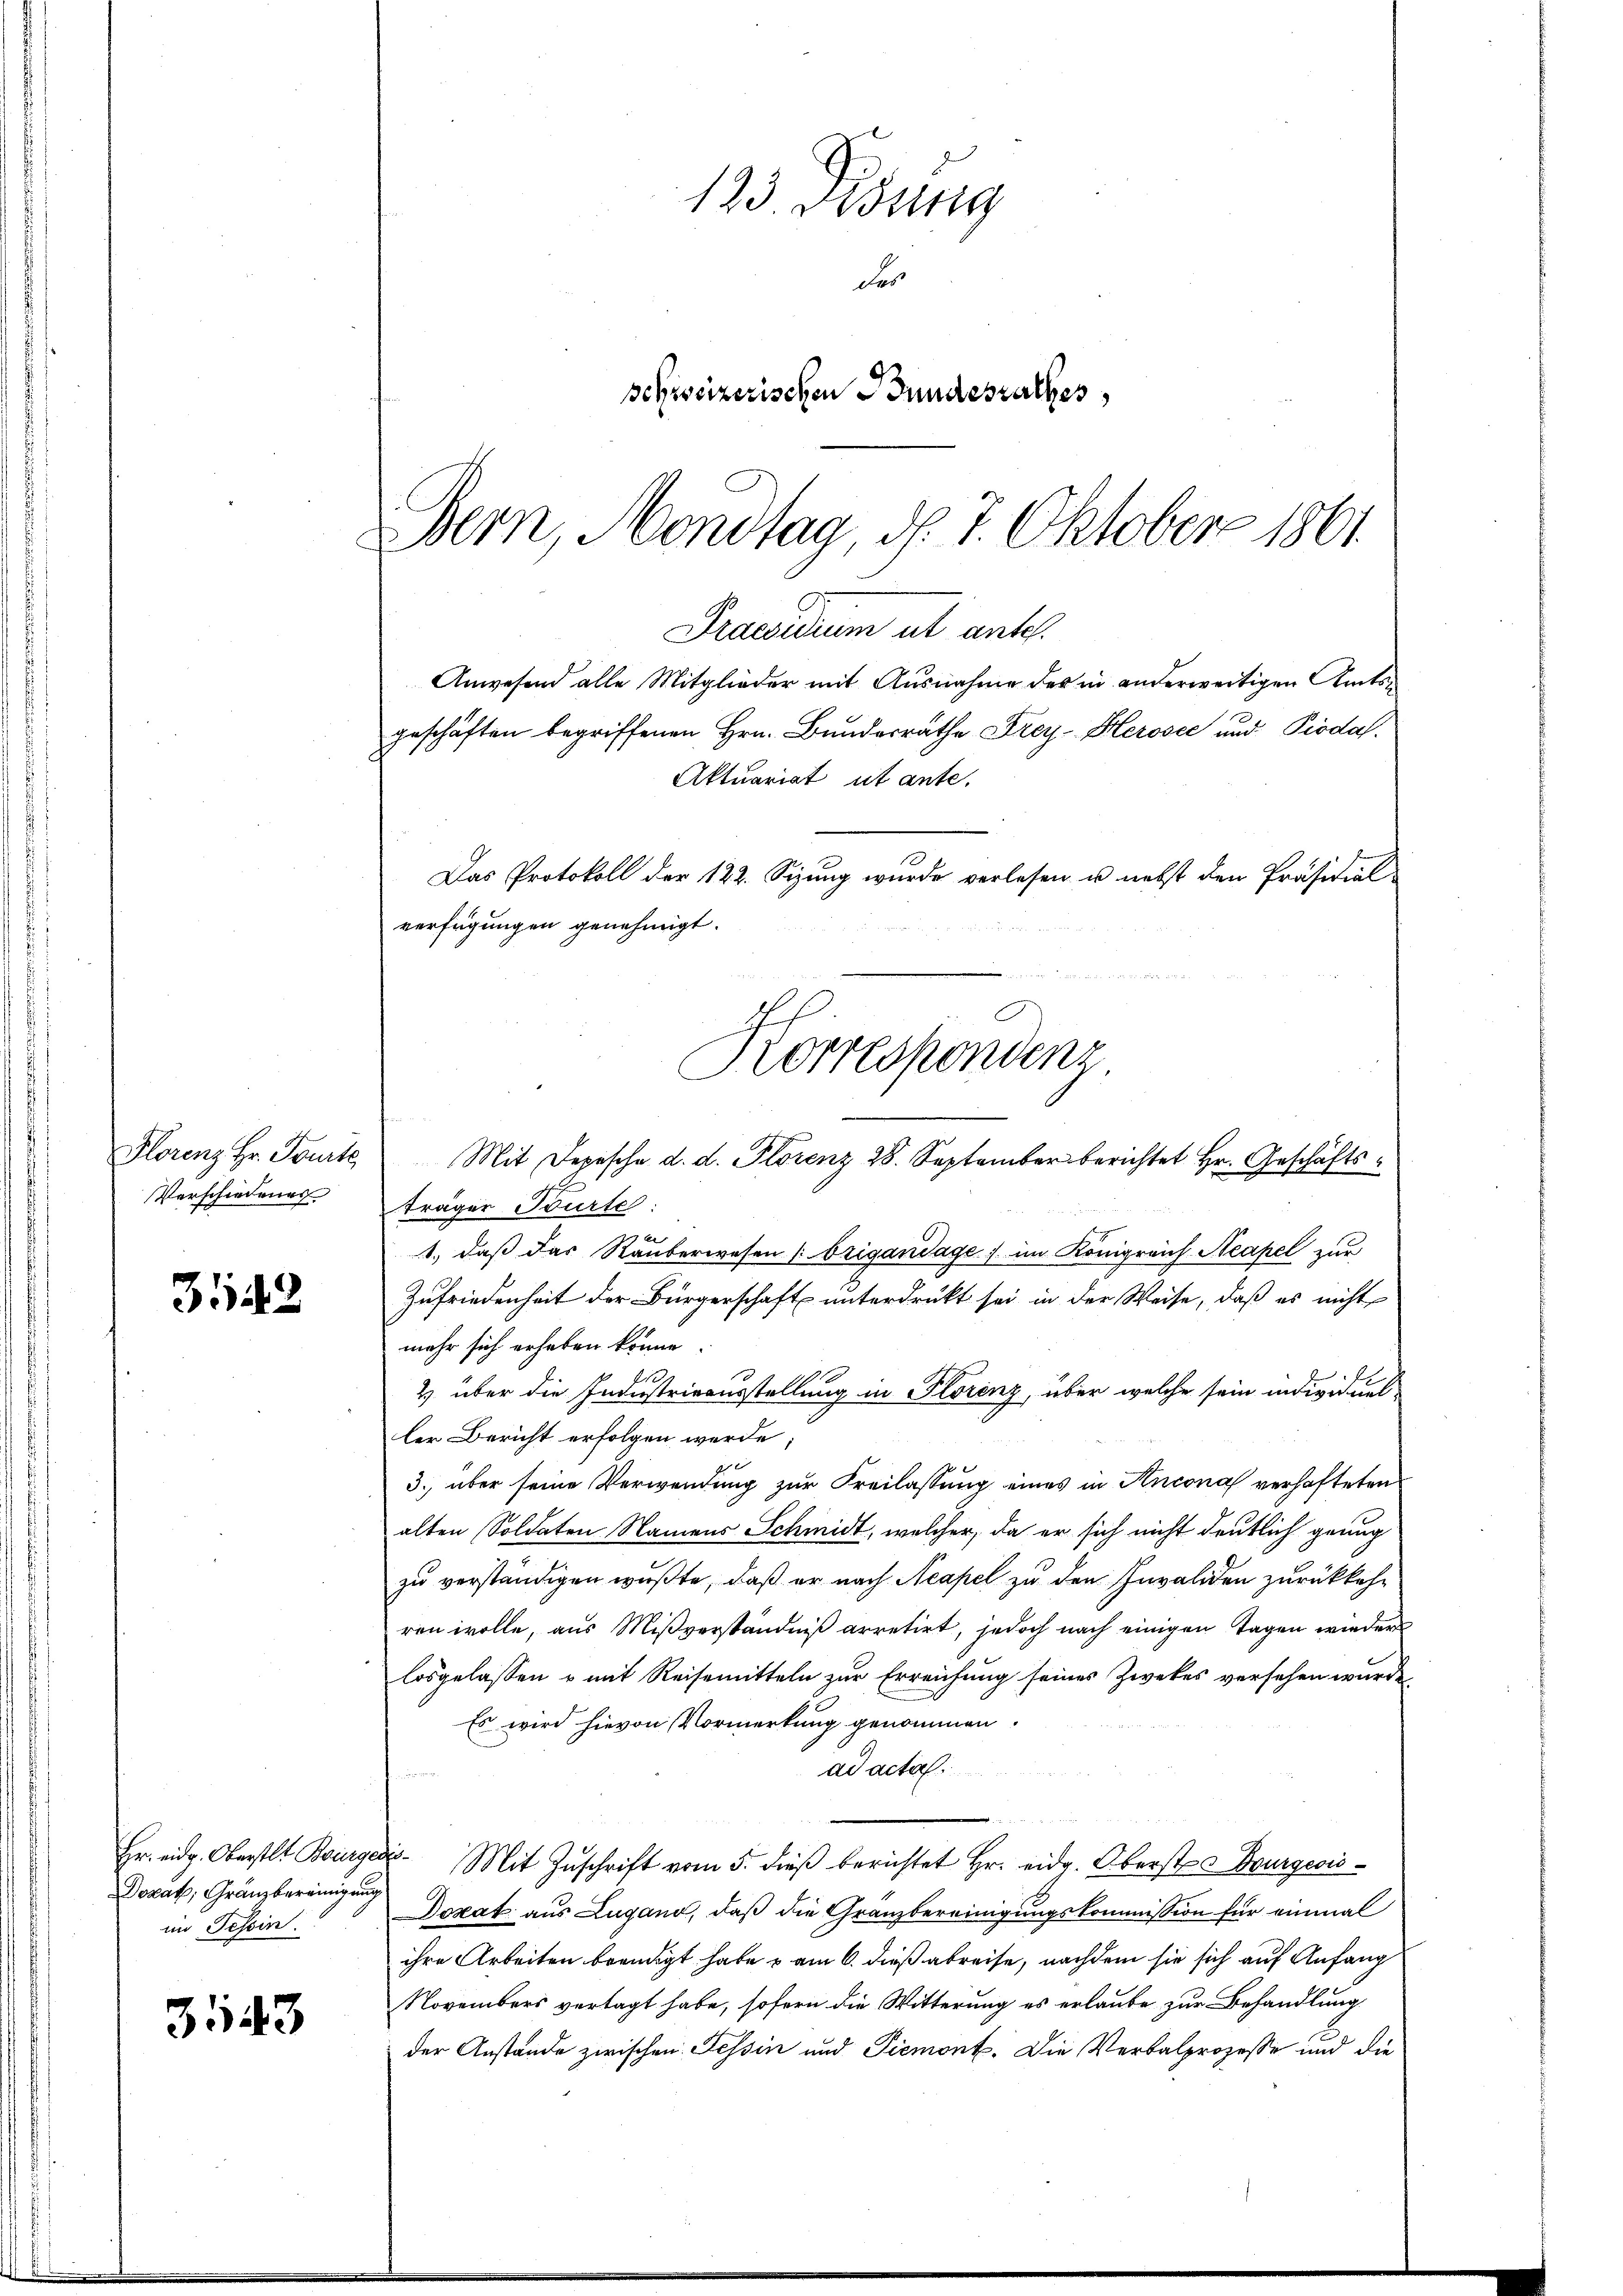
Verschiedenes

3542

Hr. eidg. Oberstlt Bürger
Dozat; Gränzbereinigung
im Tessin.

3143

123. Assig
Fer
schweizerischen Bundesrathes

Bern, Mondtag d. 7. Oktober 1861
Praesidium ut ante.
Anwesend alle Mitglieder mit Ausnahme des in anderweitigen Amtsgeschäften begriffenen Hrn. Bundesrathe Frey- Herosee und Piodal
Aktuariat ut ante.
Das Protokoll der 122. Sizung wurde verlesen u. nebst den Präsidial-
verfügungen genehmigt.
n
Korresponden
Florenz Hr. Tourte Mit Depesche d. d. Florenz 28. September berichtet Hr. Geschäfts¬

träger Tourte:
1., daß das Rauberwesen (Brigandage im Königreich Neapel zur
Zufriedenheit der Bürgerschaft unterdruckt sei in der Weise, daß es nicht
mehr sich erheben könne.
2 über die Industrirausstellung in Florenz, über welche sein individueller Bericht erfolgen werde;
3. über seine Verwendung zur Freilassung eines in Ancona verhafteten
alten Soldaten Namens Schmidt, welcher, da er sich nicht deutlich genug
zu verständigen wußte, daß er nach Neapel zu den Invaliden zurückkehr
ren wolle, aus Mißverständniß arretirt, jedoch nach einigen Tagen wieder
losgelassen u mit Reisemitteln zur Erreichung seines Zwekes versehen wurde
Es wird hievon Vormerkung genommen.
ad acta.
i. Mit Zŭschrift vom 5. dieβ berichtet Hr. eidg. Oberst Bourgeois¬
Dozat aus Lugand, daß die Gränzbereinigungskommission für einmal
ihre Arbeiten beendigt habe & am 6. dieß abreise, nachdem sie sich auf Anfang
Novembers vertragt habe, sofern die Witterung es erlaube zur Behandlung
der Anstände zwischen Tessin und Piemont. Die Verbalprozesse und die